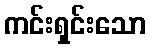
ကင်းရှင်းသော